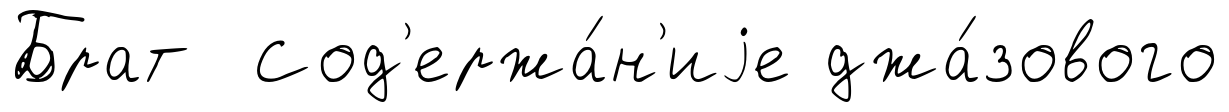
Брат Сод'ержа́н'иjе джа́зового